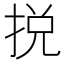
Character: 捝